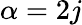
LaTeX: \alpha=2j